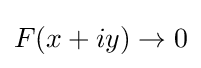
F(x+iy)\to 0